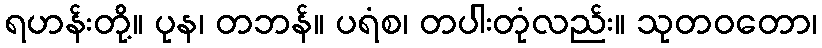
ရဟန်းတို့။ ပုန၊ တဘန်။ ပရံစ၊ တပါးတုံလည်း။ သုတဝတော၊